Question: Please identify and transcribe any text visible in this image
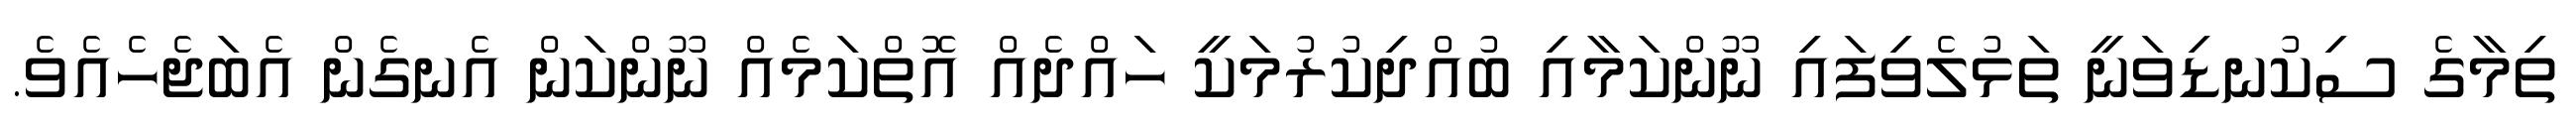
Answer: ތިމާގެ ސިކުނޑިވަނީ ތަޅުލެވިފައި ނޫންކަމާއި ބުއްދިކުރުމަކީ ހައްދެއް އޮތްކަމެއް ނޫންކަން އެނގެން އެބަޖެހެއެވެ.